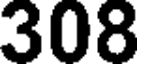
308